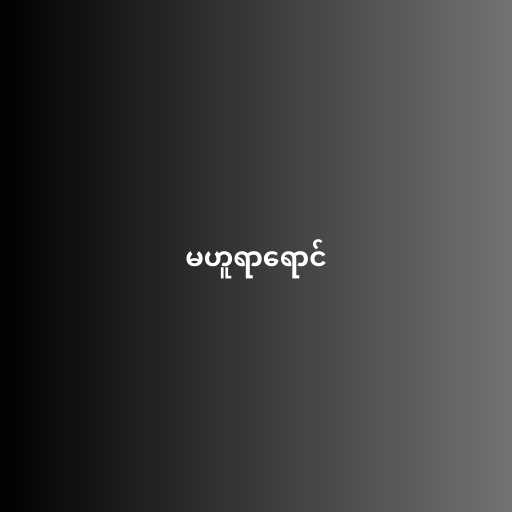
မဟူရာရောင်